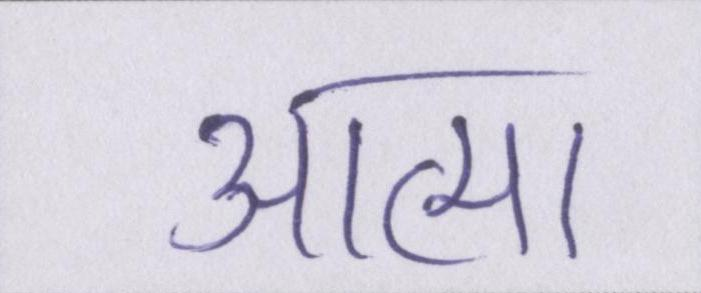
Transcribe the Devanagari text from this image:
आत्मा